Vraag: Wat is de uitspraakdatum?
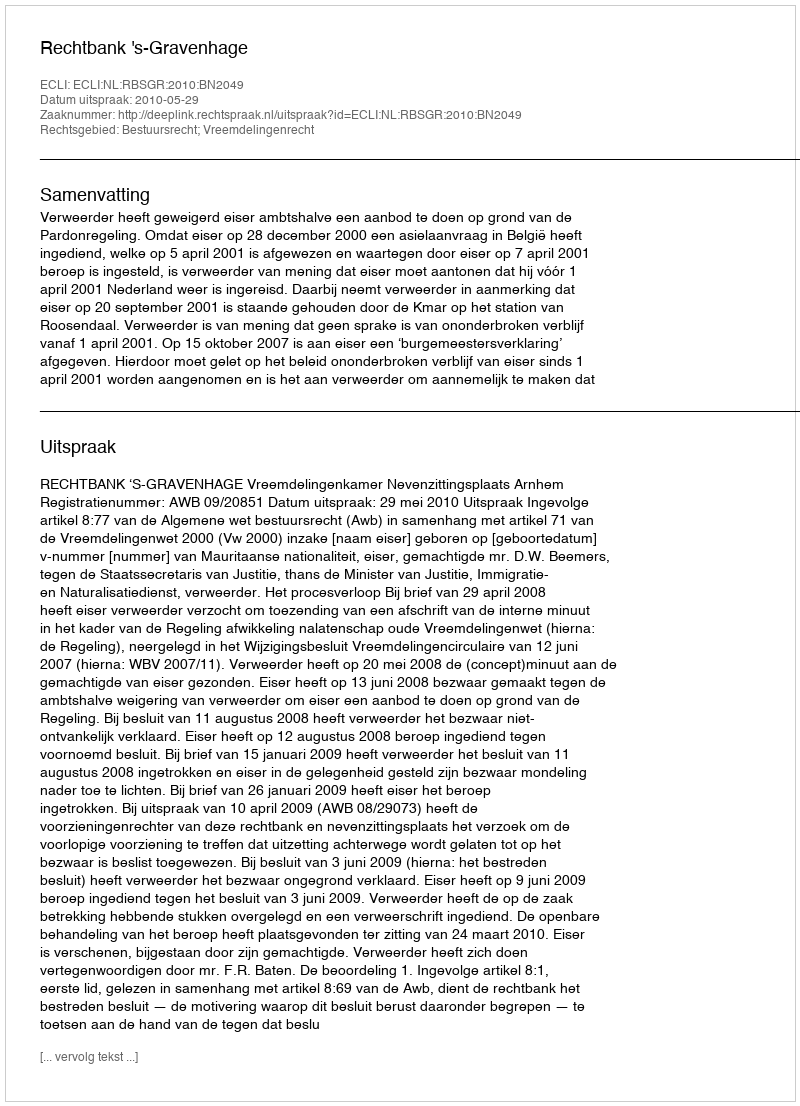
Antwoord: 2010-05-29